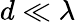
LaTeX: d\ll\lambda